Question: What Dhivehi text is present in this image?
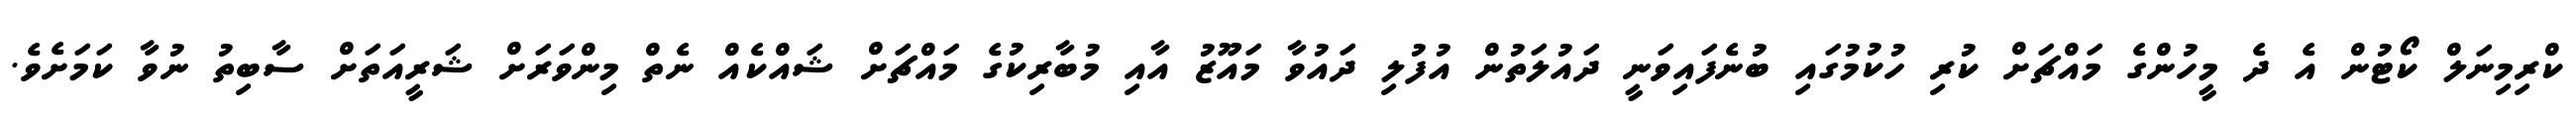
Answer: ކްރިމިނަލް ކޯޓުން އެ ދެ މީހުންގެ މައްޗަށް ކުރި ހުކުމުގައި ބުނެފައިވަނީ ދައުލަތުން އުފުލި ދައުވާ މައޫޒު އާއި މުބާރިކުގެ މައްޗަށް ޝައްކެއް ނެތް މިންވަރަށް ޝަރީއަތަށް ސާބިތު ނުވާ ކަމަށެވެ.